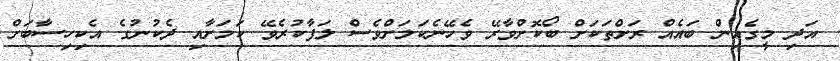
އަދި މީގެއިން ބައެއް ރަށްތަކަށް ބޯކޮށްވާރޭ ވެހޭނެކަމަށްވެސް ލަފާކުރެވޭ ކަމަށާއި ދެކުނުގެ އެކިހިސާބަށް